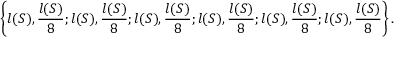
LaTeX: \left\{ l ( S ) , { \frac { l ( S ) } { 8 } } ; l ( S ) , { \frac { l ( S ) } { 8 } } ; l ( S ) , { \frac { l ( S ) } { 8 } } ; l ( S ) , { \frac { l ( S ) } { 8 } } ; l ( S ) , { \frac { l ( S ) } { 8 } } ; l ( S ) , { \frac { l ( S ) } { 8 } } \right\} .